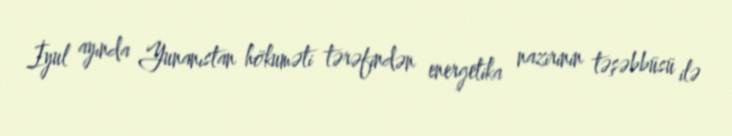
İyul ayında Yunanıstan hökuməti tərəfindən energetika nazirinin təşəbbüsü ilə